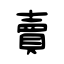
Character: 賣